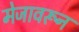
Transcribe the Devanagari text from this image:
मेजावरून